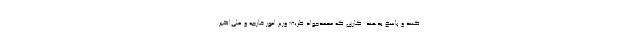
كنند و پاسخ بدهند. كاري كه محمدجواد ظريف وزير امور خارجه و علي‌اكبر